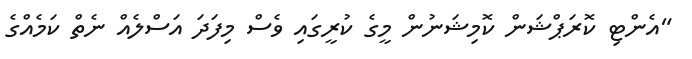
"އެންޓި ކޮރަޕްޝަން ކޮމިޝަނުން މީގެ ކުރީގައި ވެސް މިފަދަ އަސްލެއް ނެތް ކަމެއްގެ